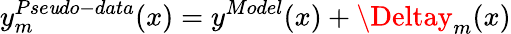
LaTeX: y_{m}^{Pse\mathit{u}do-data}(x)=y^{Model}(x)+\Deltay_{m}(x)